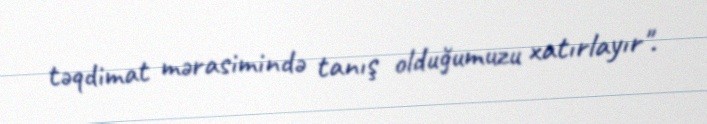
təqdimat mərasimində tanış olduğumuzu xatırlayır".